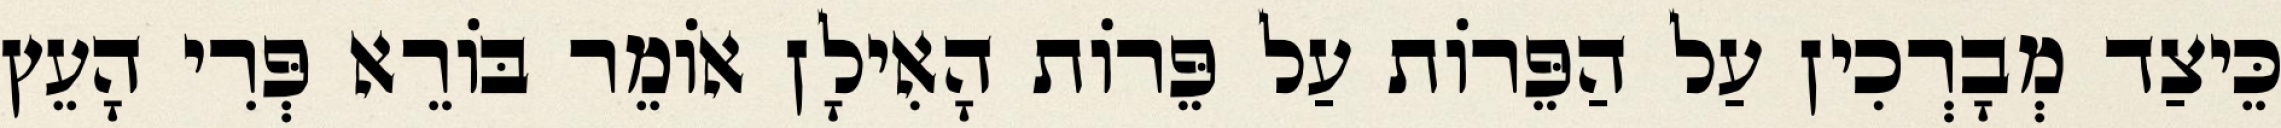
כֵּיצַד מְבָרְכִין עַל הַפֵּרוֹת עַל פֵּרוֹת הָאִילָן אוֹמֵר בּוֹרֵא פְּרִי הָעֵץ